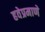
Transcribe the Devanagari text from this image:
हवेप्रमाणे